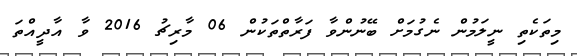
މިތަކެތި ނީލަމުން ނެގުމަށް ބޭނުންވާ ފަރާތްތަކުން 06 މާރިޗު 2016 ވާ އާދީއްތަ